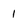
Character: 1